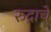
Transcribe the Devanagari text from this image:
रुद्राचे